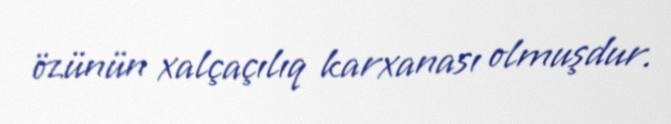
özünün xalçaçılıq karxanası olmuşdur.